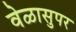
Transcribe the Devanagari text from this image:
वेळासुपर